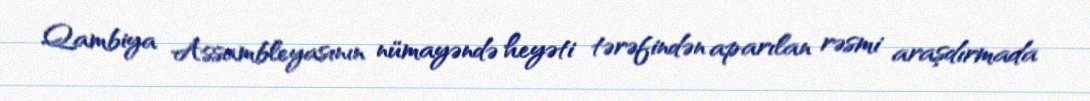
Qambiya Assambleyasının nümayəndə heyəti tərəfindən aparılan rəsmi araşdırmada